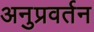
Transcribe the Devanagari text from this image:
अनुप्रवर्तन